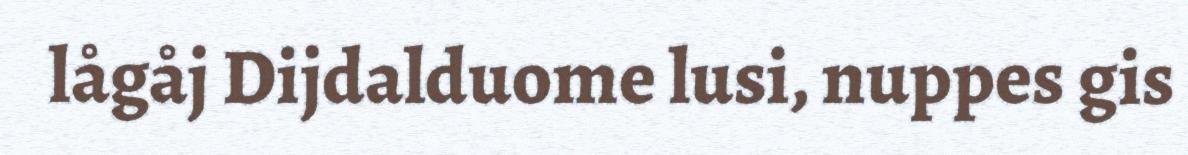
lågåj Dijdalduome lusi, nuppes gis